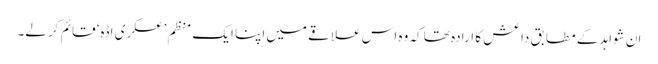
ان شواہد کے مطابق داعش کا ارادہ تھا کہ وہ اس علاقے میں اپنا ایک منظم ’عسکری اڈہ‘ قائم کر لے۔